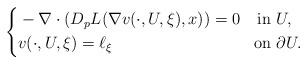
LaTeX: \begin{align*}\left\{\begin{aligned}& - \nabla \cdot \left( D_pL(\nabla v(\cdot,U,\xi),x) \right) = 0 & \mbox{in} & \ U, \\& v(\cdot,U,\xi) = \ell_\xi & \mbox{on} & \ \partial U. \end{aligned}\right.\end{align*}